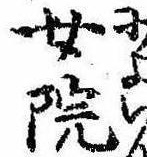
女院